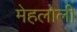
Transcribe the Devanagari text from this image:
मेहलोली